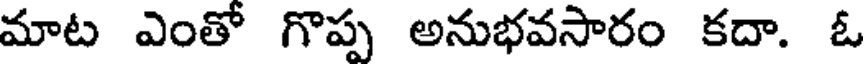
మాట ఎంతో గొప్ప అనుభవసారం కదా. ఓ